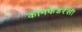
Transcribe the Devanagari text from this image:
कॉनफेडरेसी